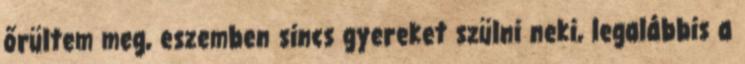
őrültem meg, eszemben sincs gyereket szülni neki, legalábbis a